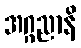
အဂ္ဂညာနိ